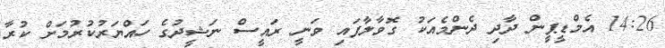
14:26 އެމްޑީޕީން ދާދި ދެންމެއަކު ގޮވާލާފައި ވަނީ ރައީސް ނަޝީދުގެ ހައްޔަރުކުރުމަށް ކުރާ